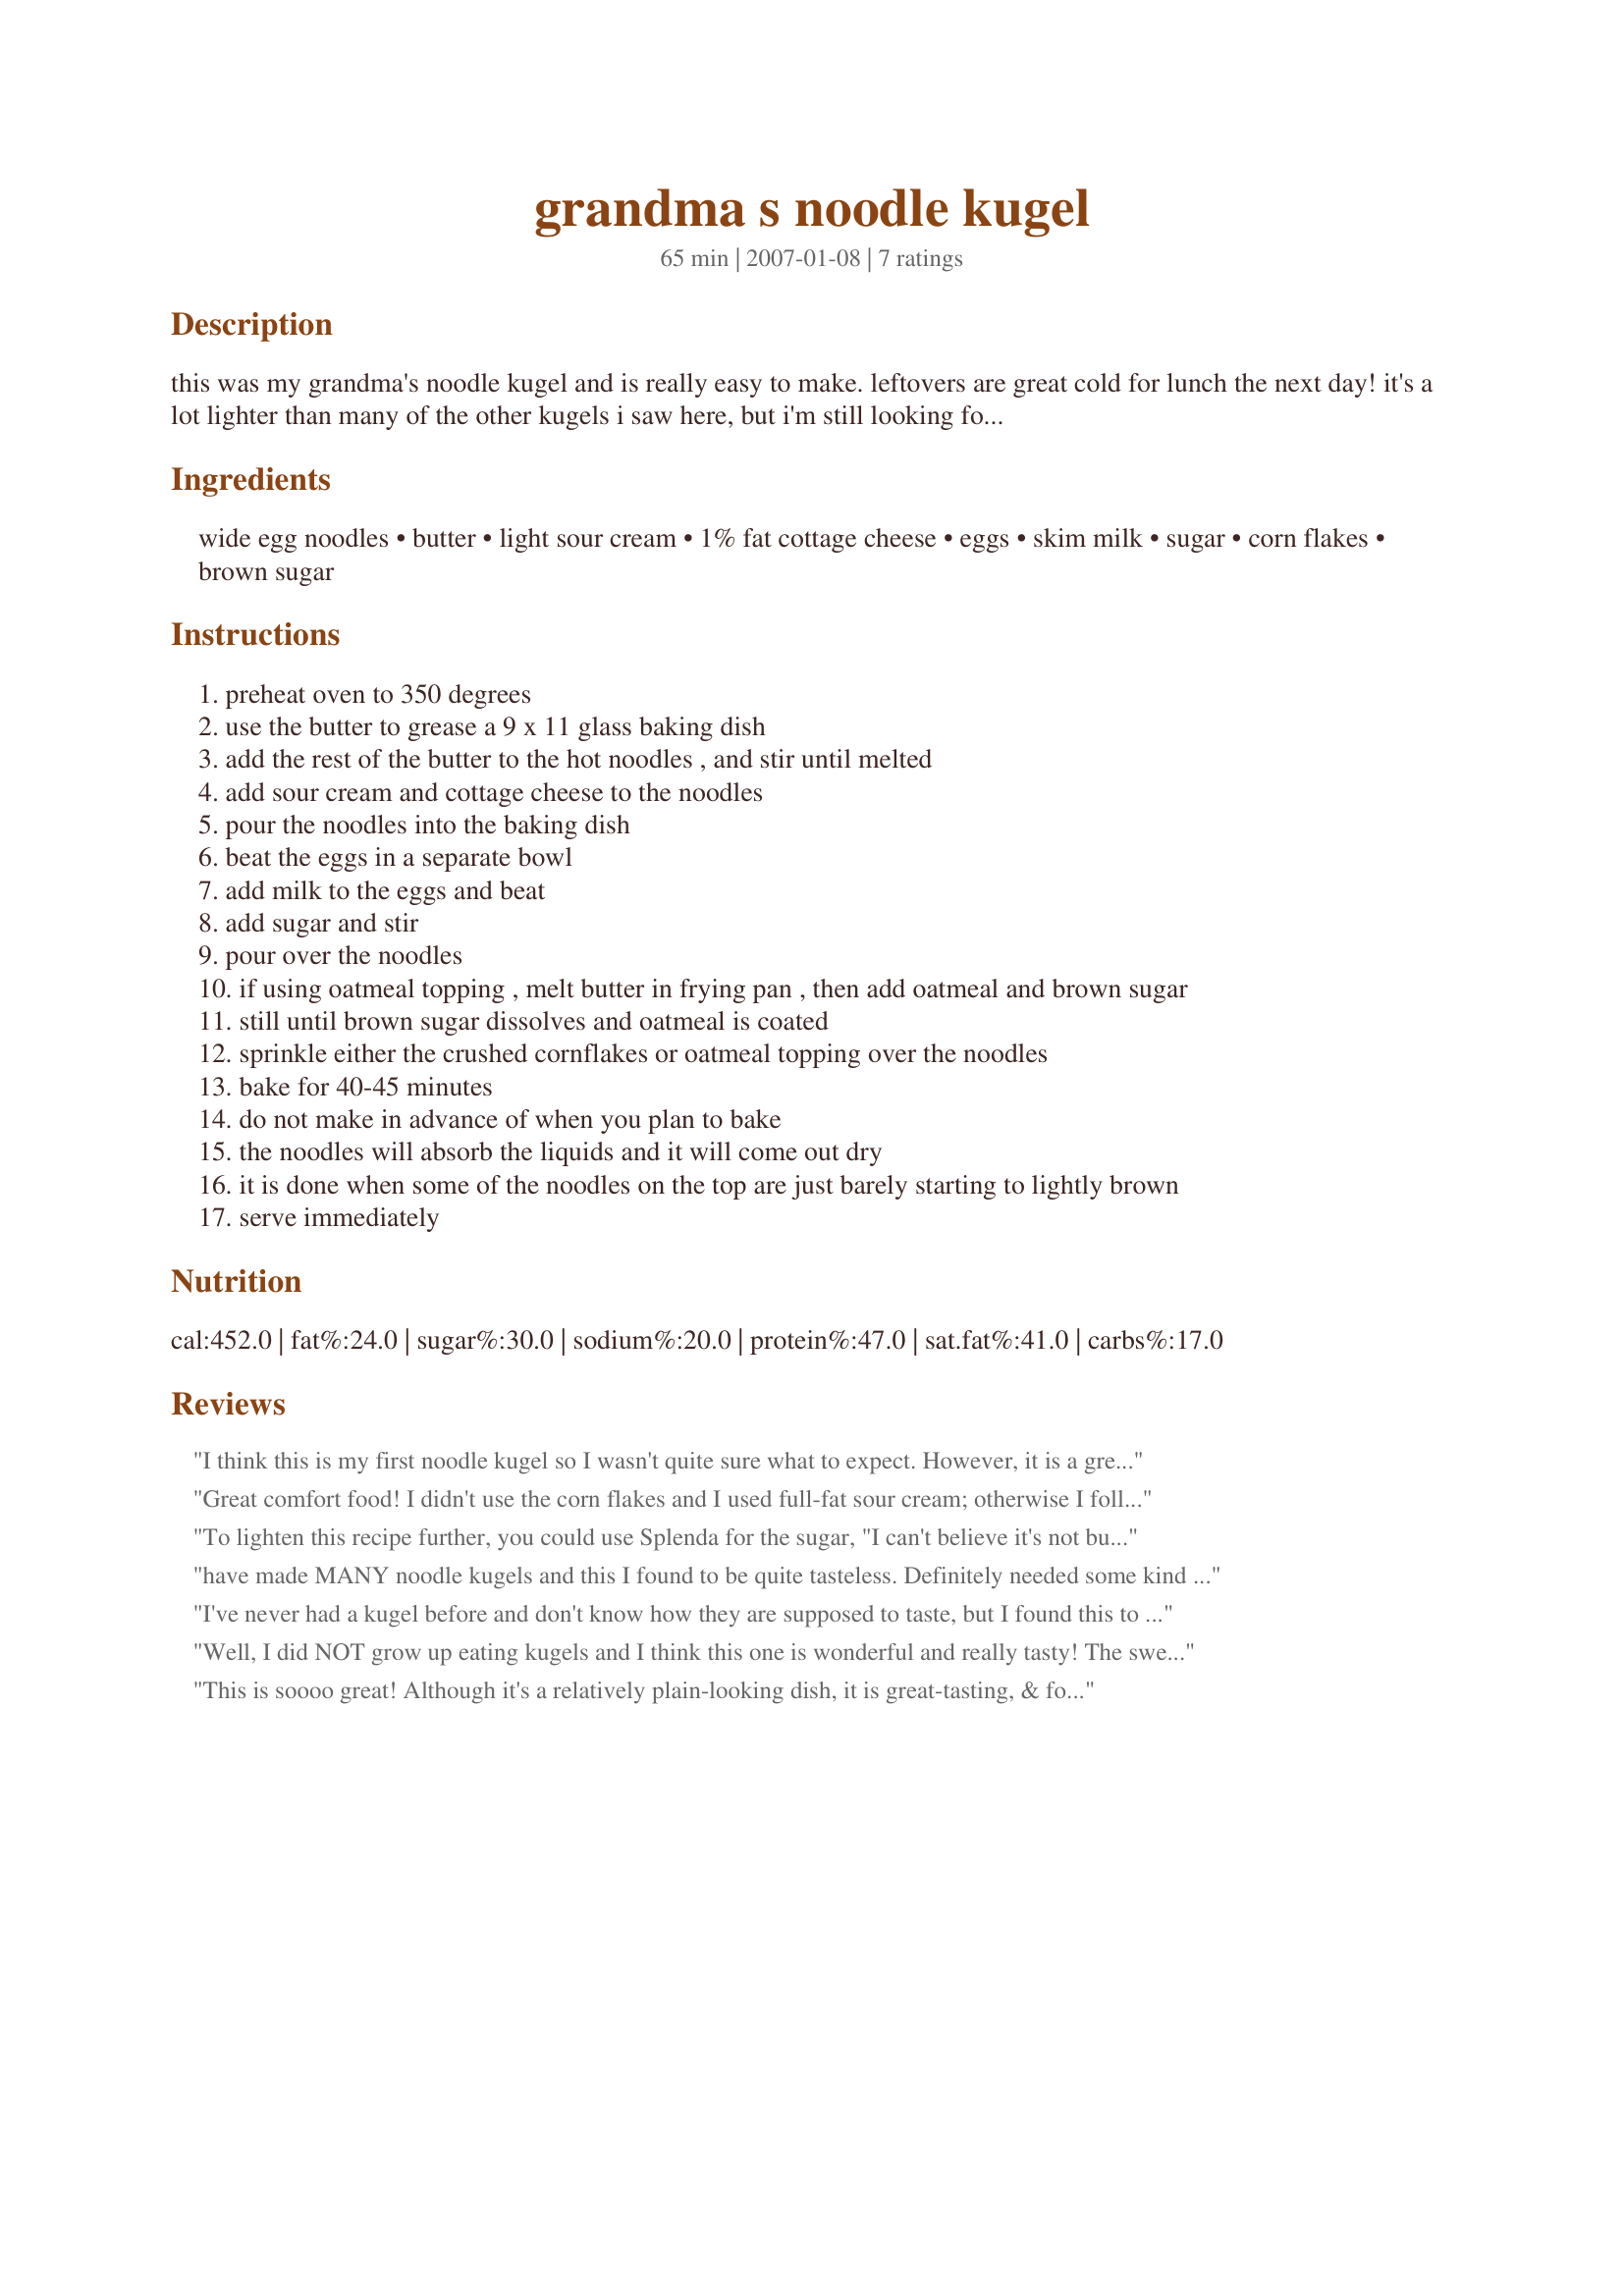
grandma s noodle kugel
Preparation time: 65 minutes

this was my grandma's noodle kugel and is really easy to make. leftovers are great cold for lunch the next day! it's a lot lighter than many of the other kugels i saw here, but i'm still looking for ways to make it healthier without changing the taste too much. i've already switched the sour cream & cottage cheese to 'light', and the milk to skim. i'd love suggestions for ways to lighten it even more. update: in an effort to recreate a sweet topping i tasted on another relative's kugel, i came up with a new optional oatmeal topping. i like it a lot better than the cornflakes or plain.

Ingredients:
wide egg noodles, butter, light sour cream, 1% fat cottage cheese, eggs, skim milk, sugar, corn flakes, brown sugar

Steps:
preheat oven to 350 degrees
use the butter to grease a 9 x 11 glass baking dish
add the rest of the butter to the hot noodles , and stir until melted
add sour cream and cottage cheese to the noodles
pour the noodles into the baking dish
beat the eggs in a separate bowl
add milk to the eggs and beat
add sugar and stir
pour over the noodles
if using oatmeal topping , melt butter in frying pan , then add oatmeal and brown sugar
still until brown sugar dissolves and oatmeal is coated
sprinkle either the crushed cornflakes or oatmeal topping over the noodles
bake for 40-45 minutes
do not make in advance of when you plan to bake
the noodles will absorb the liquids and it will come out dry
it is done when some of the noodles on the top are just barely starting to lightly brown
serve immediately

Reviews:
I think this is my first noodle kugel so I wasn't quite sure what to expect. However, it is a great comfort food, and I found it to be very filling. I didn't think it was overly sweet with the sugar, but I could definitely taste some sweetness. I enjoyed the crunchiness from the crushed cornflakes. Thank you for sharing.
Great comfort food! I didn't use the corn flakes and I used full-fat sour cream; otherwise I followed the recipe closely. This made a mild, creamy casserole with a good texture. I have to admit, this made less than 8 servings for us (we took some pretty huge servings). :) Thanks for posting this one.
To lighten this recipe further, you could use Splenda for the sugar, "I can't believe it's not butter", and egg substitute or egg whites for the eggs; and whole wheat noodles to make it healthier.
have made MANY noodle kugels and this I found to be quite tasteless. Definitely needed some kind of zip, maybe some cinnamon or salt/ pepper or brown sugar. would not make again
I've never had a kugel before and don't know how they are supposed to taste, but I found this to be a bit bland. A stronger cheese and/or some seasoning would probably help. I did like the mix of textures, a little crunchy on top and moist on the bottom. I probably won't make this again though.
Well, I did NOT grow up eating kugels and I think this one is wonderful and really tasty! The sweetness surprised me, but it was a great balance with the creaminess of the sour cream, cottage cheese and the light crunch of the top noodles. Loved it! (Didn't use corn flakes.)
This is soooo great! Although it's a relatively plain-looking dish, it is great-tasting, & for me, at least, stirred old memories of my own grandmother making kugel! Thanks for sharing, & I'll be making this one again & again!
